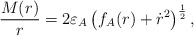
\begin{align*}\frac{M(r)}{r} = 2 \varepsilon_A\left(f_A(r) + \dot{r}^2 \right)^{\frac{1}{2}},\end{align*}